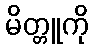
မိတ္တူကို